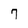
Character: 7